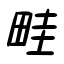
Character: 畦